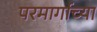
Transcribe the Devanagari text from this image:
परमार्गाच्या